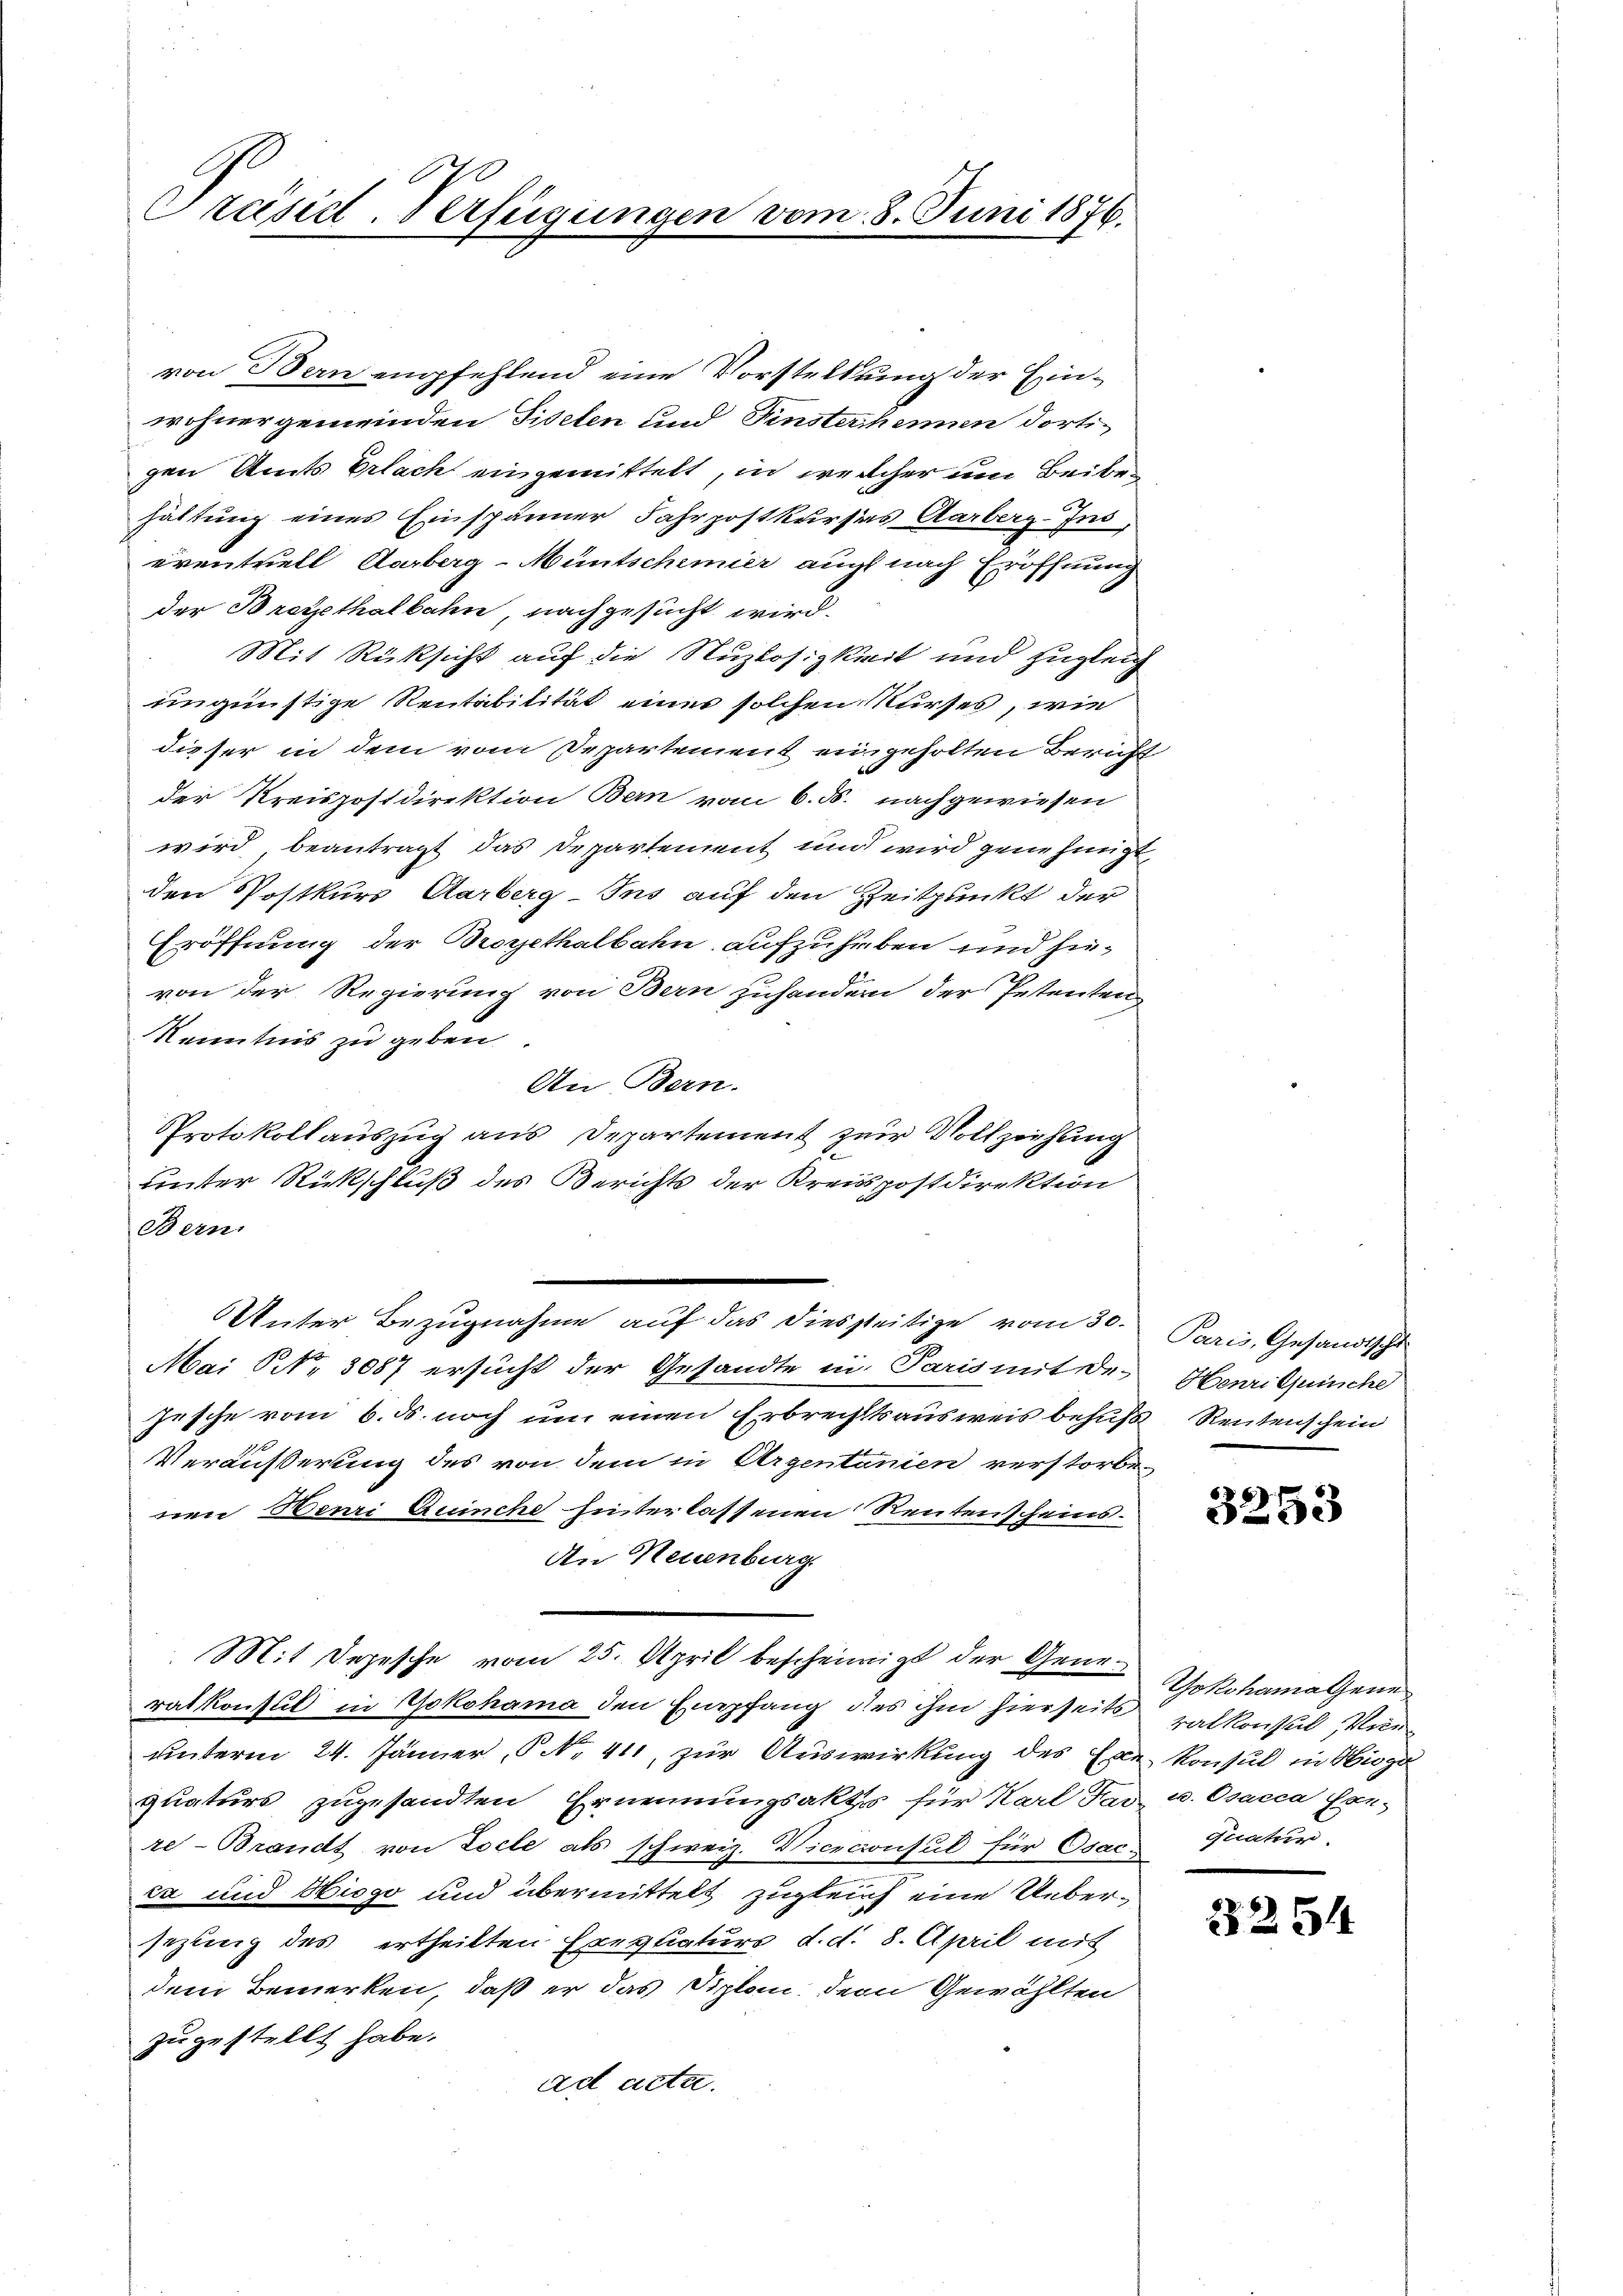
Präsid. Verfügungen vom 8. Juni 1876.

von Bern empfehlend eine Vorstellung der Einwohnergemeinden Fiselen und Finsterhammen dortigen Amts Erlach eingemittelt, in welcher um Beibehaltung eines Einspänner Fahrpostkurses Aarberg-Ins,
eventuell Aarberg-Müntschimier auch nach Eröffnung
der Bregethalbahn, nachgesucht wird.
Mit Rüksicht auf die Nuzlosigkeit und zugleich
ungünstige Rentabilität einer solchen Kurses, wie
dieser in dem vom Departement eingeholten Bericht
der Kreispostdirektion Bern vom 6. ds. nachgewiesen
wird beantragt das Departement und wird genehmigt
den Postkurs Aarberg-Ins auf den Zeitpunkt der
Eröffnung der Brogethalbahn aufzuheben und hievon der Regierung von Bern zuhander der Petenten
Kenntnis zu geben
An Bern.
Protokollauszug aus Departement zur Vollziehung
unter Rückschluß des Berichts der Kreispostdirektion
Aern

Unter Bezugnahme auf das diesseitige vom 30.
Mai NNo. 3087 ersucht der Gesandte in Paris mit der Henritpunche
jesche vom 6. ds noch um einen Erbrechtsausweis behuf Rentenschein
Veräußerung des von dem in Argentanien verstorbe-
rene Benzi Ruinche hinterlassenen Rentenscheins¬
An Neuenburg.
Mit Depesche vom 25. April bescheinigt der Generatkonsul in Yokohama den Empfang des ihm hierseits alkonsul Marunterm 24. Jänner, 5 No 411, zur Auswirkung des Exe Konsul in Hig
quaturs zugesandten Ernennungsaktes für Karl Far- u. Osacca Con-
re-Brandt von Loche als schweiz. Viceconsul für Osac. Gratur-
ca und Hicgo und übermittelt zugleich eine Uebersezung des ertheilten Exequaturs d. d. 8. April mit
dem Bemerken, daß er das Diplon, den Gewählten
zugestellt habe.
ad acta.

Paris, Gesandtscht

.

3253

Yokohama Gene

2254